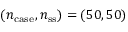
( n _ { \mathrm { c a s e } } , n _ { \mathrm { s s } } ) = ( 5 0 , 5 0 )